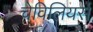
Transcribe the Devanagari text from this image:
चेविलियर्स